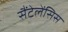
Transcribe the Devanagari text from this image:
सैंटेलेंसिस